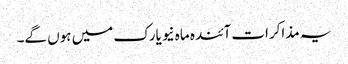
یہ مذاکرات آئندہ ماہ نیویارک میں ہوں گے۔